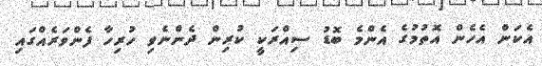
އެކަން އެހެން އޮތުމުގެ އެންމެ ބޮޑު ސިއްރަކީ ކުރިން ދެންނެވި ހުރިހާ ފެންވަރެއްގައި